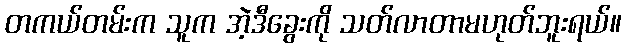
တကယ်တမ်းက သူက အဲ့ဒီခွေးကို သတ်လာတာမဟုတ်ဘူးရယ်။